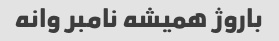
باروژ همیشه نامبر وانه